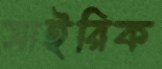
সাইরিক